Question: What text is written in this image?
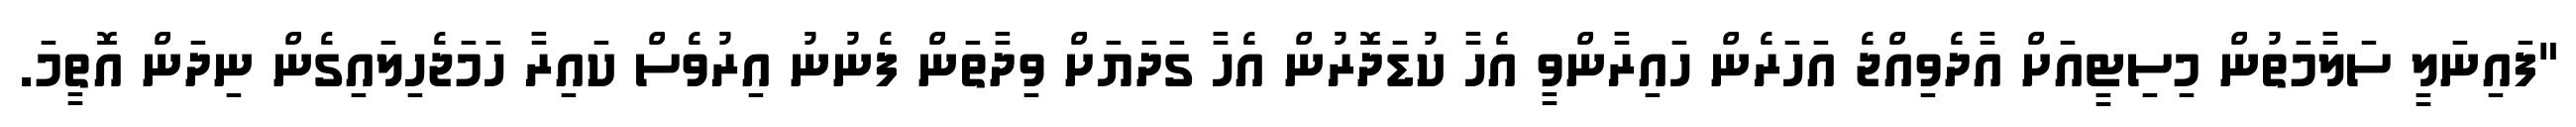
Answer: "ފައިނަލީ ސަލާމަތުން މިސިޓީއަށް އާދެވިއްޖެ އަހަރެން ހައިރާންވީ އެހާ ކުޑަދޮރުން އެހާ ގަދަޔަށް ވިދާތަން ފެނުނު އިރުވެސް ކައިރާ ހަމަޖެހިލައިގެން ނިދަން އޮތީމަ.